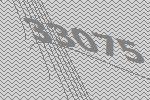
33075